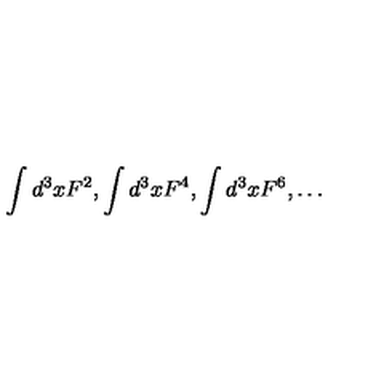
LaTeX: \int d ^ { 3 } x F ^ { 2 } , \int d ^ { 3 } x F ^ { 4 } , \int d ^ { 3 } x F ^ { 6 } , \ldots